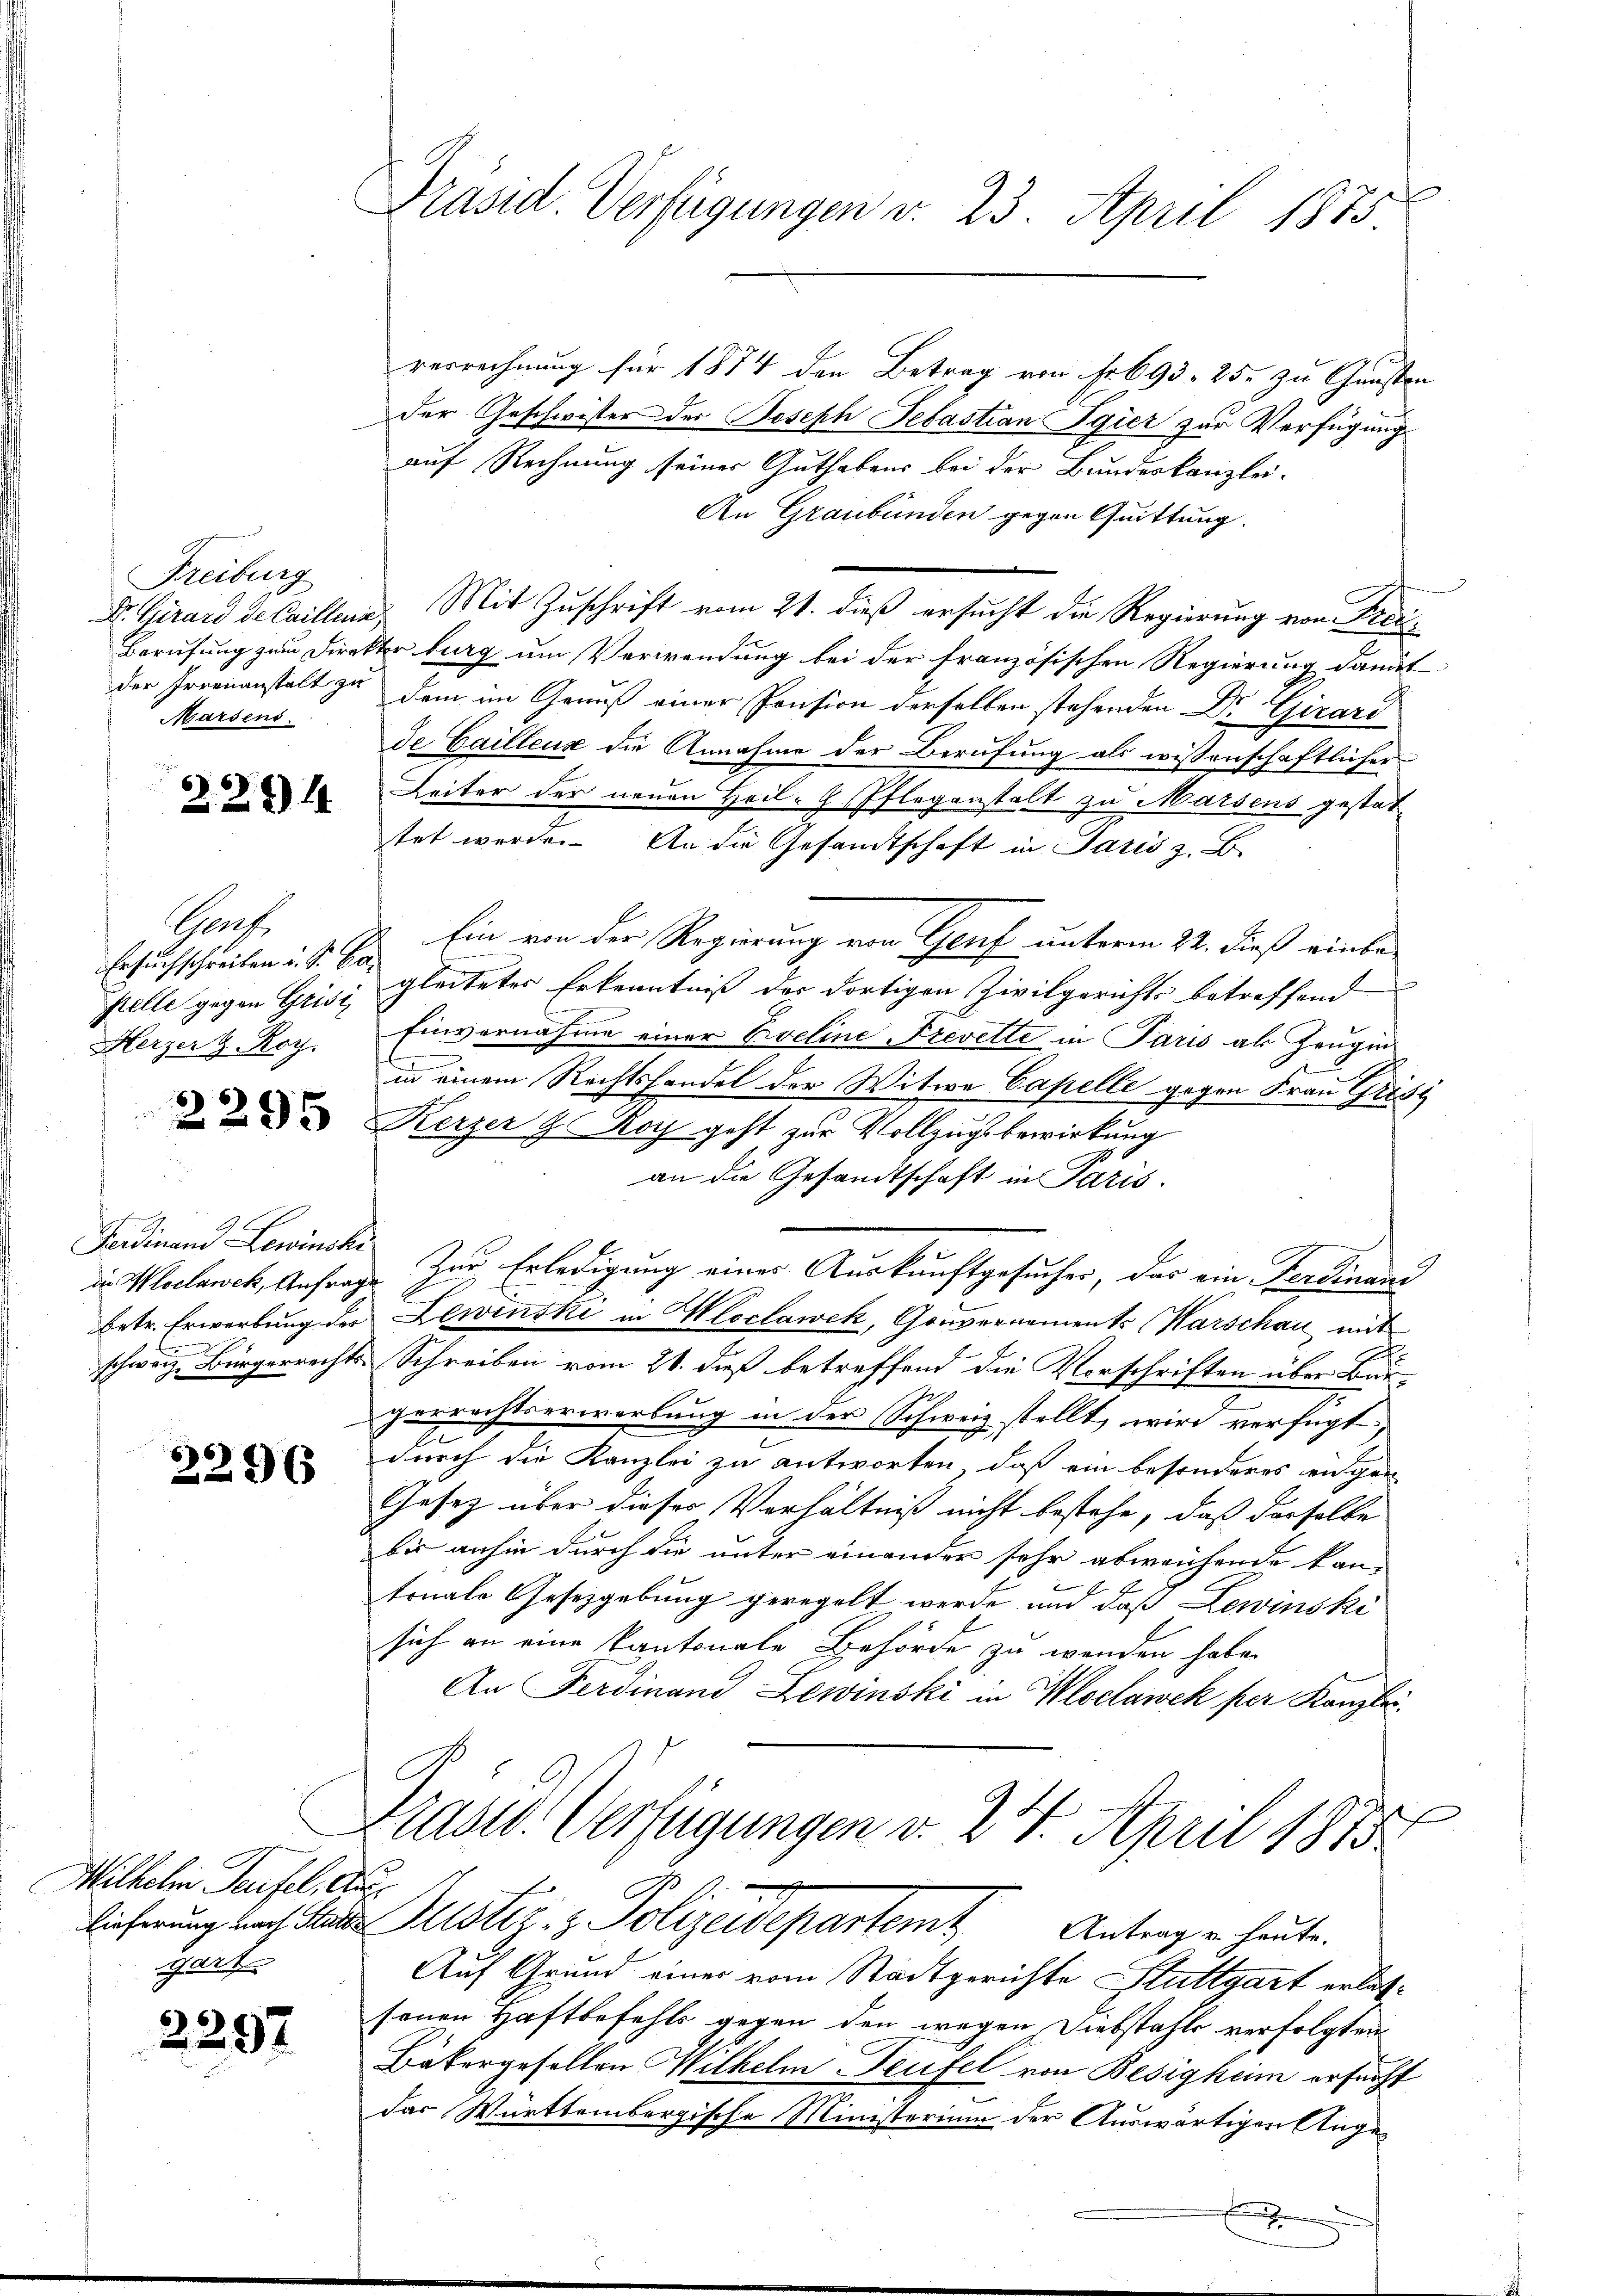
Freiburg
Marsens.

2234

Garrt.
Ersuchschreiben u. S. Castelle gegen Grisi
Herzer & Roy.

2295

Ferdinand Lewinske
in Woclawek, Anfrag

2296

Milhelm Teufel, a.
Lieferung nach Stutt
H

2297

Präsid. Verfügungen d. 23. April 1875.

verrechnung für 1874 den Betrag von Fr. 693. 25. zu Gunsten
der Geschwister der Joseph Sebastian Igier zur Verfügung
auf Rechnung seiner Guthabens bei der Bundeskanzlei-
An Graubünden gegen Quittung.
An das
Dr. Girard detailling. Mit Zuschrift vom 21. dieß ersucht die Regierung von Frei¬
Berufung zum Direktor burg um Verwendung bei der französischen Regierung damit
der Irrenanstalt zu dem im Genuß einer Pension derselben stehenden Dr. Girard
de Cailleux die Annahme der Berufung als wissenschaftlicher
Leiter der neuen Heil-H. Pflegenstalt zu Marsens gestattet werde. An die Gesandtschaft in Paris z. B.
Ein von der Regierung von Genf unterm 22. dieß einbe-
gleitetes Erkenntniß der dortigen Zivilgerichts betreffend
Einvernahme einer Eveline Frevette in Paris als Zeugin
in einem Rechtshandel der Witwe Capelle gegen Frau Grisi
Kerzer & Noch geht zur Vollzugsbewirkung
an die Gesandtschaft in Paris.
 Zur Erledigung eines Auskunftgesucher, das ein Ferdinand
betr. Erwerbung der Lewinski in Kloclawek, Gouvernements (Warschau mit
schweiz Bürgerrechts Schreiben vom 21. dieß betreffend die Vorschriften über Burgerrechtserwerbung in der Schweiz stellt, wird verfügt,
durch die Kanzlei zu antworten, daß ein besonderes engen
Gesetz über dieses Verhältniß nicht bestehe, daß derselbe
bis anhin durch die unter einander sehr abweichende kan-
tonale Gesetzgebung geregelt werde und daß Lewinski
sich an eine kantonale Behörde zu wenden habe.
An Ferdinand Lewinski in Wochawek per Kanzlei
Präsid. Verfügungen v. 24. April 1873.
t
Justiz- & Polizeidepartamt Antrage heute.
Auf Grund einer vom Stadtgerichte Stuttgart erlassenen Haftbefehls gegen den wegen Diebstahls verfolgten
Bäkergesellen Wilkelin Teufel von Besigheim ersucht
das Württembergische Ministerium der Auswärtigen Ange¬
A